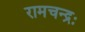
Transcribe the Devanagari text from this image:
रामचन्द्रः